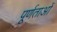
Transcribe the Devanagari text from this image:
पूर्णताओं